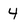
Character: 4